Subject: math
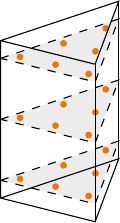
LaTeX code:
\begin{tikzpicture}[x = {(0.75cm,0.25cm)}, y={(0.6cm,-0.15cm)}, z={(0cm,1cm)},]
\draw [color=orange, mark=*, mark size=1] plot coordinates{(-0.81684757298044, 0.63369514596088, -0.7745966692414834)};
\draw [color=orange, mark=*, mark size=1] plot coordinates{(0.63369514596088, -0.81684757298044, -0.7745966692414834)};
\draw [color=orange, mark=*, mark size=1] plot coordinates{(-0.81684757298044, -0.81684757298044, -0.7745966692414834)};
\draw [color=orange, mark=*, mark size=1] plot  coordinates{(-0.108103018168072, -0.783793963663856, -0.7745966692414834)};
\draw [color=orange, mark=*, mark size=1] plot coordinates{(-0.783793963663856, -0.108103018168072, -0.7745966692414834)};
\draw [color=orange, mark=*, mark size=1] plot coordinates{(-0.108103018168072, -0.108103018168072, -0.7745966692414834)};
\draw [color=orange, mark=*, mark size=1] plot coordinates{(-0.81684757298044, 0.63369514596088, 0.0)};
\draw [color=orange, mark=*, mark size=1] plot coordinates{(0.63369514596088, -0.81684757298044, 0.0)};
\draw [color=orange, mark=*, mark size=1] plot coordinates{(-0.81684757298044, -0.81684757298044, 0.0)};
\draw [color=orange, mark=*, mark size=1] plot coordinates{(-0.108103018168072, -0.783793963663856, 0.0)};
\draw [color=orange, mark=*, mark size=1] plot coordinates{(-0.783793963663856, -0.108103018168072, 0.0)};
\draw [color=orange, mark=*, mark size=1] plot coordinates{(-0.108103018168072, -0.108103018168072, 0.0)};
\draw [color=orange, mark=*, mark size=1] plot coordinates{(-0.81684757298044, 0.63369514596088, 0.7745966692414834)};
\draw [color=orange, mark=*, mark size=1] plot coordinates{(0.63369514596088, -0.81684757298044, 0.7745966692414834)};
\draw [color=orange, mark=*, mark size=1] plot coordinates{(-0.81684757298044, -0.81684757298044, 0.7745966692414834)};
\draw [color=orange, mark=*, mark size=1] plot coordinates{(-0.108103018168072, -0.783793963663856, 0.7745966692414834)};
\draw [color=orange, mark=*, mark size=1] plot coordinates{(-0.783793963663856, -0.108103018168072, 0.7745966692414834)};
\draw [color=orange, mark=*, mark size=1] plot coordinates{(-0.108103018168072, -0.108103018168072, 0.7745966692414834)};
\path (-1,-1,-1) coordinate (A) (1,-1,-1) coordinate (B) (-1,1,-1) coordinate (C); % (0,0,0) coordinate (D) (0,\z,\y) coordinate (E) (\x,\z,\y) coordinate (F) (\x,\z,0) coordinate (G) (0,\z,0) coordinate (H);
\path (-1,-1,1) coordinate (D) (1,-1,1) coordinate (E) (-1,1,1) coordinate (F);
\draw (A)--(B)--(C)--(A)--(D)--(E)--(F)--(D);
\draw (B)--(E);
\draw (C)--(F);
\foreach \z in {-0.7745966692414834,0,0.7745966692414834}{
\draw [dashed, black, fill=black, fill opacity=0.075] (-1,-1,\z)--(1,-1,\z)--(-1,1,\z)--(-1,-1,\z);
}
\end{tikzpicture}